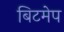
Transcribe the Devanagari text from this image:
बिटमेप